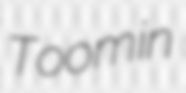
Toomin